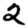
Digit: 2